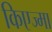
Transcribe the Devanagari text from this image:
किएज्मा